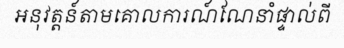
អនុវត្តន៍តាមគោលការណ៍ណែនាំផ្ទាល់ពី